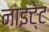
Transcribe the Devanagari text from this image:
नाइटे्ट